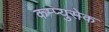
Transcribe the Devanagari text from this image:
कम्प्युसेक